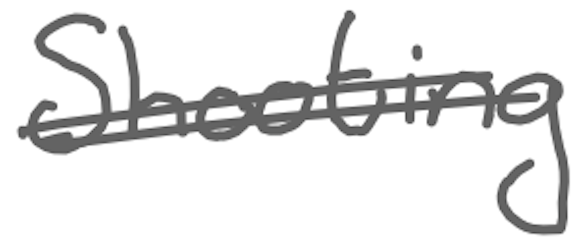
Text: Shooting
Cross-out: double-line
Writing tool: digital_gray